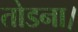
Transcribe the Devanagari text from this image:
तोडना।